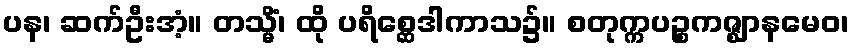
ပန၊ ဆက်ဦးအံ့။ တသ္မိံ၊ ထို ပရိစ္ဆေဒါကာသ၌။ စတုက္ကပဉ္စကဇ္ဈာနမေဝ၊